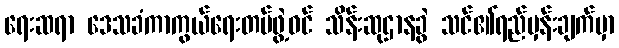
ရေးဆရာ ဒေသခံကာကွယ်ရေးတပ်ဖွဲ့ဝင် သိန်းဆုဌာနခွဲ သင်၏ရည်မှန်းချက်မှာ